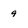
Character: 9